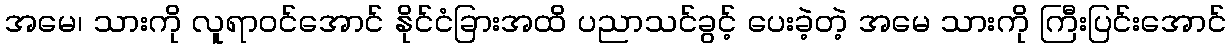
အမေ၊ သားကို လူရာဝင်အောင် နိုင်ငံခြားအထိ ပညာသင်ခွင့် ပေးခဲ့တဲ့ အမေ သားကို ကြီးပြင်းအောင်